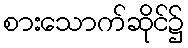
စားသောက်ဆိုင်၌